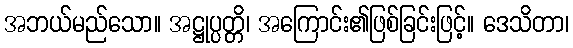
အဘယ်မည်သော။ အဋ္ဌုပ္ပတ္တိ၊ အကြောင်း၏ဖြစ်ခြင်းဖြင့်။ ဒေသိတာ၊